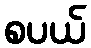
စပယ်